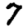
Digit: 7